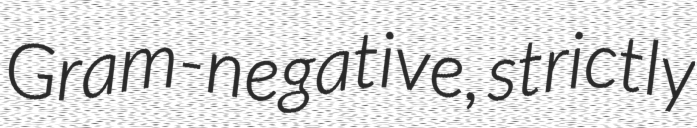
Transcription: Gram-negative, strictly